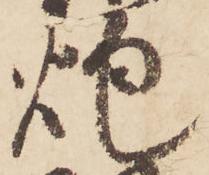
炮